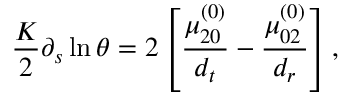
\frac { K } { 2 } \partial _ { s } \ln \theta = 2 \left[ \frac { \mu _ { 2 0 } ^ { ( 0 ) } } { { d _ { t } } } - \frac { \mu _ { 0 2 } ^ { ( 0 ) } } { { d _ { r } } } \right] ,